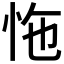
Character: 𢘬